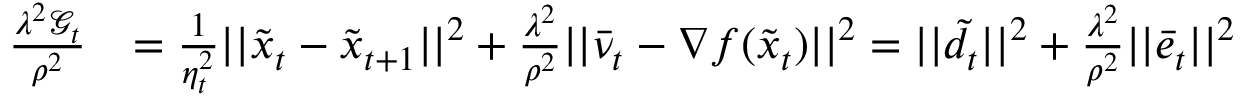
\begin{array} { r l } { \frac { \lambda ^ { 2 } \mathcal { G } _ { t } } { \rho ^ { 2 } } } & { = \frac { 1 } { \eta _ { t } ^ { 2 } } | | \tilde { x } _ { t } - \tilde { x } _ { t + 1 } | | ^ { 2 } + \frac { \lambda ^ { 2 } } { \rho ^ { 2 } } | | \bar { \nu } _ { t } - \nabla f ( \tilde { x } _ { t } ) | | ^ { 2 } = | | \tilde { d } _ { t } | | ^ { 2 } + \frac { \lambda ^ { 2 } } { \rho ^ { 2 } } | | \bar { e } _ { t } | | ^ { 2 } } \end{array}